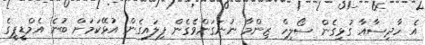
އެ ހާދިސާއާ ގުޅިގެން ސޯލިހް ޒިންމާ ނުނަގަންވެގެން ފިލައިގެން އުޅޭކަމަށް ބުނެ އެމްޑީޕީގެ